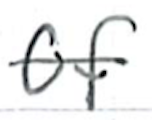
Text: of
Cross-out: single-line
Writing tool: ballpoint